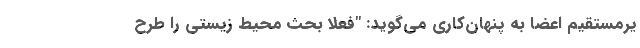
یرمستقیم اعضا به پنهان‌کاری می‌گوید: "فعلاً بحث محیط زیستی را طرح